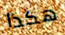
هكذا